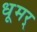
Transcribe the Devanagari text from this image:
धूमर्